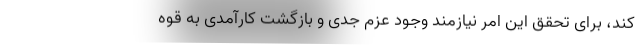
کند، برای تحقق این امر نیازمند وجود عزم جدی و بازگشت کارآمدی به قوه